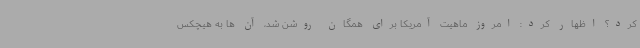
کرد؟ اظهار کرد: امروز ماهیت آمریکا برای همگان روشن شد، آن ها به هیچکس